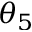
\theta _ { 5 }